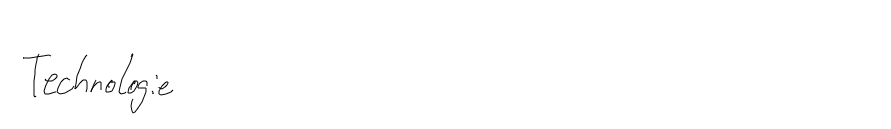
Technologie